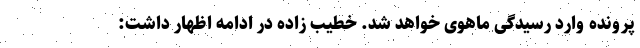
پرونده وارد رسیدگی ماهوی خواهد شد. خطیب زاده در ادامه اظهار داشت: